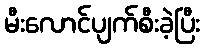
မီးလောင်ပျက်စီးခဲ့ပြီး